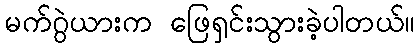
မက်ဂွဲယားက ဖြေရှင်းသွားခဲ့ပါတယ်။